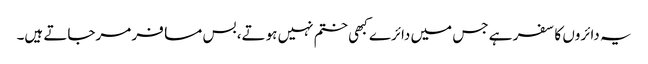
یہ دائروں کا سفر ہے جس میں دائرے کبھی ختم نہیں ہوتے، بس مسافر مرجاتے ہیں۔